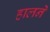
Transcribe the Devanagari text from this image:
हालने